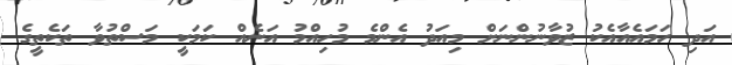
އަދި ހަމައެއާއެކު ޒުވާނުންނަށް މިއަދު އެންމެ މުހިއްމު އަނެއް ކަމަކީ މަސްތުވާ ތަކެތީގެ